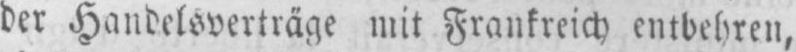
der Handelsverträge mit Frankreich entbehren,